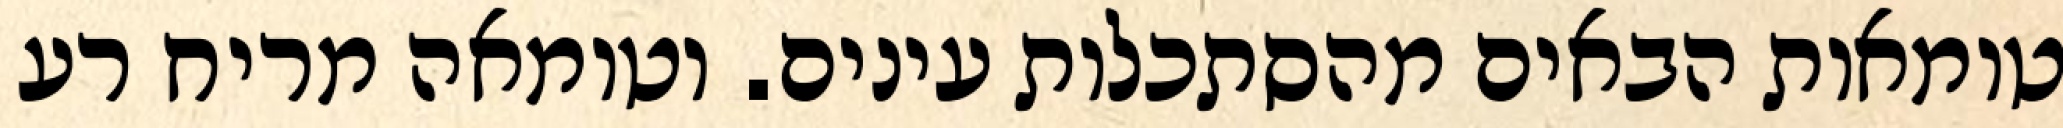
טומאות הבאים מהסתכלות עינים. וטומאה מריח רע